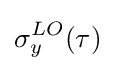
\sigma _{y}^{LO}(\tau )